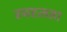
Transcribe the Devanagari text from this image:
स्वरलता